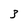
Character: 3